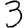
Digit: 3